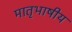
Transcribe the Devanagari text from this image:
मातृभाषीय